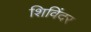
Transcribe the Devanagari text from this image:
शिविंदर